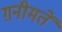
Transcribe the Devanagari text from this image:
ग़नीमतें